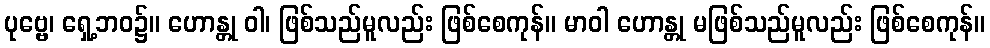
ပုဗ္ဗေ၊ ရှေ့ဘဝ၌။ ဟောန္တု ဝါ၊ ဖြစ်သည်မူလည်း ဖြစ်စေကုန်။ မာဝါ ဟောန္တု မဖြစ်သည်မူလည်း ဖြစ်စေကုန်။